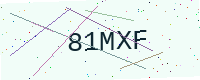
Text: 81MXF